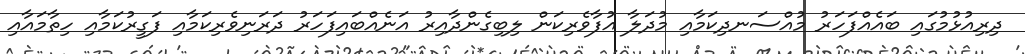
ދިރިއުޅުމުގައި ބައެއްފަހަރު މުއްސަނދިކަމާއި މުދަލާ އުފާވެރިކަން ލިބިގެންދާއިރު އަނެއްބައިފަހަރު ދަރަނިވެރިކަމާއި ފަގީރުކަމާއި ހިތާމައާއި